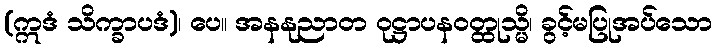
(ဣဒံ သိက္ခာပဒံ)၊ ပေ။ အနနုညာတ ဝုဋ္ဌာပနဝတ္ထုသ္မိ၊ ခွင့်မပြုအပ်သော